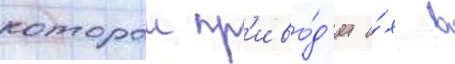
которои пр'иво́д'ит и́х в